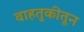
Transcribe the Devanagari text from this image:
वाहतुकीतून